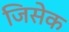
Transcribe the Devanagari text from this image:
जिसेक